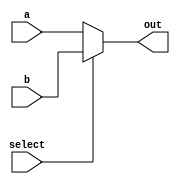
module multiplexer(
    input [31:0] a,
    input [31:0] b,
    input select,
    output [31:0] out
);
assign out = select ? b : a;

endmodule // multiplexer[31,0]